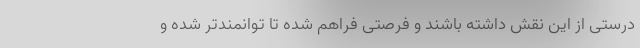
درستی از این نقش داشته باشند و فرصتی فراهم شده تا توانمندتر شده و